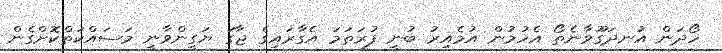
ހޯދަން އުނދަގޫވާނެތޯ އެހުމުން އުމެއިރު ބުނީ ފުރަތަަމަ އެގާރައިގެ ޖާގަ ޔަގީންވާނީ މަސައްކަތްކޮށްގެން